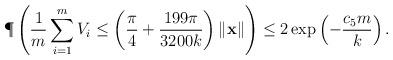
LaTeX: \begin{align*}\P\left( \frac{1}{m}\sum_{i=1}^m V_i \leq \left(\frac{\pi}{4}+\frac{199\pi}{3200k}\right)\|\mathbf{x}\| \right)\leq 2\exp\left(-\frac{c_5 m}{k}\right). \end{align*}